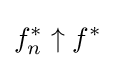
f_{n}^{*}\uparrow f^{*}